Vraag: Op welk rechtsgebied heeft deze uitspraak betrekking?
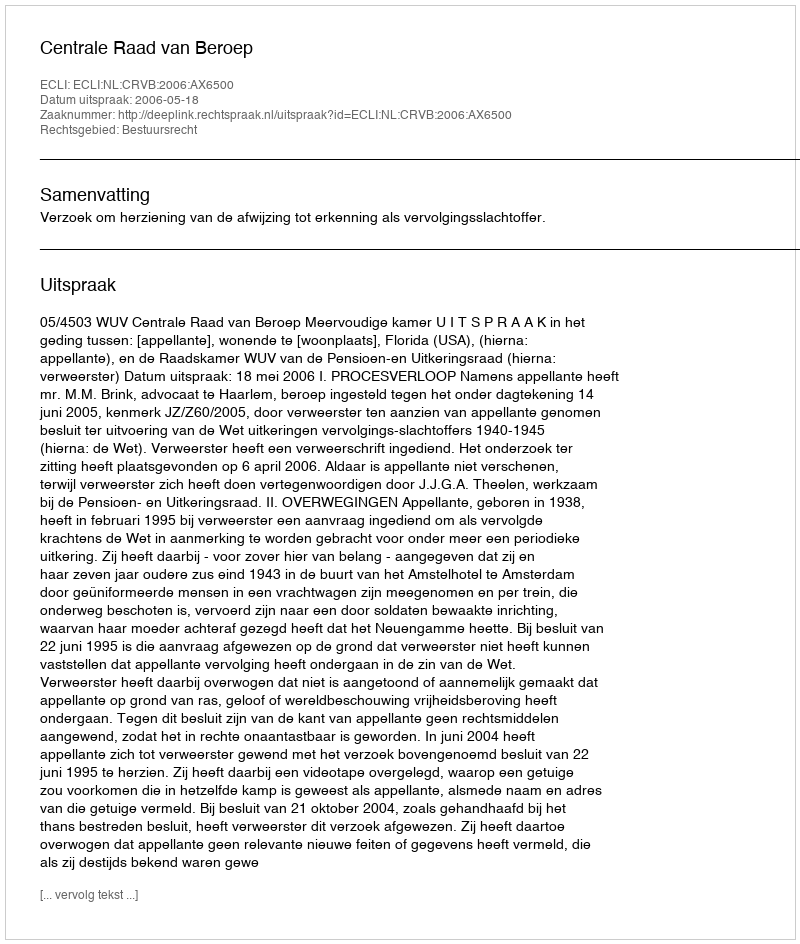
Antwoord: Bestuursrecht